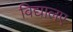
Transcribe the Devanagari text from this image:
विद्यालए